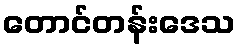
တောင်တန်းဒေသ